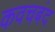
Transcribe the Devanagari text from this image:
कवचबंद